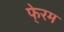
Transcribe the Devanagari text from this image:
फे्रम